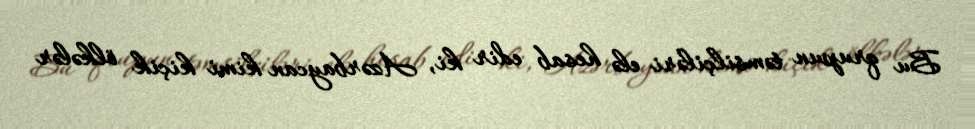
Bu qrupun təmsilçiləri elə hesab edir ki, Azərbaycan kimi kiçik ölkələr